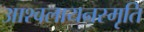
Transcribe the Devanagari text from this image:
आश्वलायनस्मृति